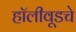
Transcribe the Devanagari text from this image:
हॉलीवूडचे